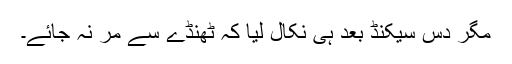
مگر دس سیکنڈ بعد ہی نکال لیا کہ ٹھنڈے سے مر نہ جائے۔